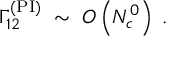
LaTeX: \Gamma _ { 1 2 } ^ { \mathrm { ( P I ) } } \; \sim \; { \cal O } \left( N _ { c } ^ { 0 } \right) \; .